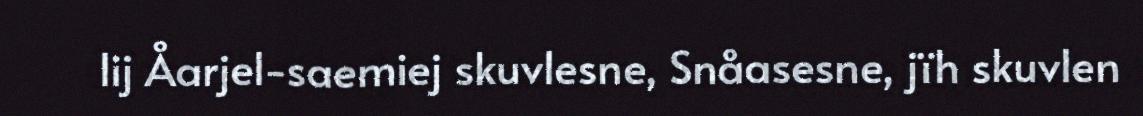
lij Åarjel-saemiej skuvlesne, Snåasesne, jïh skuvlen